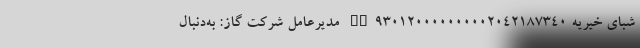
شبای خیریه IR930120000000002042187340 مدیرعامل شرکت گاز: به‌دنبال